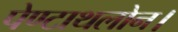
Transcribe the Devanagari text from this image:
पेण्टाथलोन।